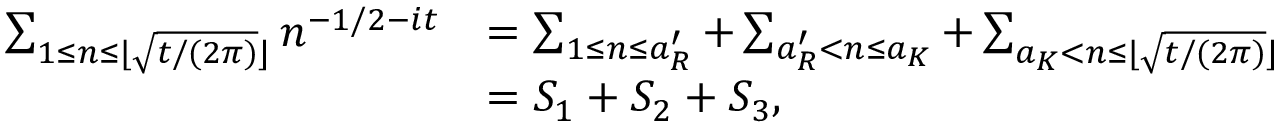
\begin{array} { r l } { \sum _ { 1 \le n \le \lfloor \sqrt { t / ( 2 \pi ) } \rfloor } n ^ { - 1 / 2 - i t } } & { = \sum _ { 1 \le n \le a _ { R } ^ { \prime } } + \sum _ { a _ { R } ^ { \prime } < n \le a _ { K } } + \sum _ { a _ { K } < n \le \lfloor \sqrt { t / ( 2 \pi ) } \rfloor } } \\ & { = S _ { 1 } + S _ { 2 } + S _ { 3 } , } \end{array}